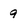
Character: 9